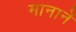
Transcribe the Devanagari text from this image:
मानानें